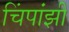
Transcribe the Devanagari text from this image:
चिंपांझी